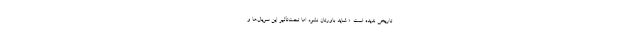
تاریخی ندیده است. « شاید باورتان نشود اما تحت‌تأثیر این سریال‌ها و